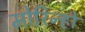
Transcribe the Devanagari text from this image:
मोरिन्हो